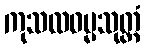
ကုသလဓမ္မသုတ္တံ